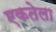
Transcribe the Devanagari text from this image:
एकतेला